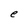
Character: e